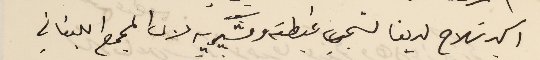
اكبر سَلاح لدينا لشجب غبطته ومشيريه لان المجمع اللبناني